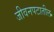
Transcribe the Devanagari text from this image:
जीवनपटातील